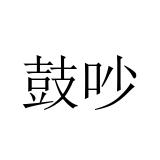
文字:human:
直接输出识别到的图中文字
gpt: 鼓吵